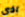
اذى